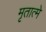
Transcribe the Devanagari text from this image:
मृतात्मे